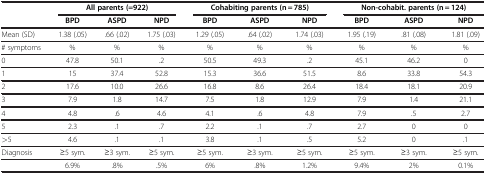
| <ROWSPAN=2>  | <COLSPAN=3> All parents (=922) | <COLSPAN=3> Cohabiting parents (n = 785) | <COLSPAN=3> Non-cohabit. parents (n = 124) |
 | BPD | ASPD | NPD | BPD | ASPD | NPD | BPD | ASPD | NPD |
 | --- | --- | --- | --- | --- | --- | --- | --- | --- | --- |
 | Mean (SD) | 1.38 (.05) | .66 (.02) | 1.75 (.03) | 1.29 (.05) | .64 (.02) | 1.74 (.03) | 1.95 (.19) | .81 (.08) | 1.81 (.09) |
 | # symptoms | % | % | % | % | % | % | % | % | % |
 | 0 | 47.8 | 50.1 | .2 | 50.5 | 49.3 | .2 | 45.1 | 46.2 | 0 |
 | 1 | 15 | 37.4 | 52.8 | 15.3 | 36.6 | 51.5 | 8.6 | 33.8 | 54.3 |
 | 2 | 17.6 | 10.0 | 26.6 | 16.8 | 8.6 | 26.4 | 18.4 | 18.1 | 20.9 |
 | 3 | 7.9 | 1.8 | 14.7 | 7.5 | 1.8 | 12.9 | 7.9 | 1.4 | 21.1 |
 | 4 | 4.8 | .6 | 4.6 | 4.1 | .6 | 4.8 | 7.9 | .5 | 2.7 |
 | 5 | 2.3 | .1 | .7 | 2.2 | .1 | .7 | 2.7 | 0 | 0 |
 | >5 | 4.6 | .1 | .1 | 3.8 | .1 | .5 | 5.2 | 0 | .1 |
 | Diagnosis | ≥5 sym. | ≥3 sym. | ≥5 sym. | ≥5 sym. | ≥3 sym. | ≥5 sym. | ≥5 sym. | ≥3 sym. | ≥5 sym. |
 |  | 6.9% | .8% | .5% | 6% | .8% | 1.2% | 9.4% | 2% | 0.1% |